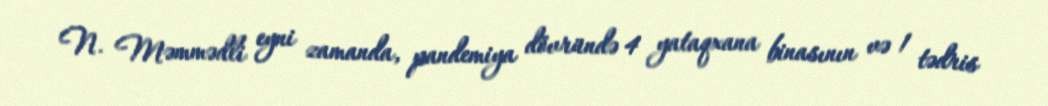
N. Məmmədli eyni zamanda, pandemiya dövründə 4 yataqxana binasının və 1 tədris